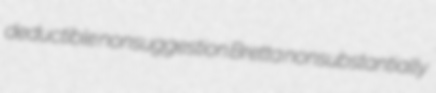
deductible nonsuggestion Bretta nonsubstantially